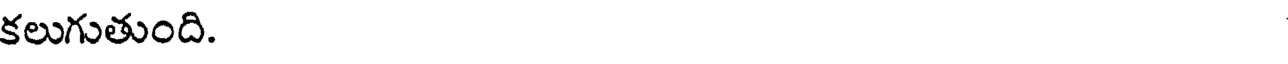
కలుగుతుంది.